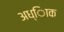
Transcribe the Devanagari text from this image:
अध्ािक